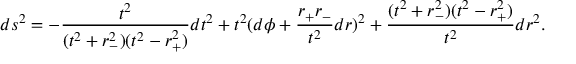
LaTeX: d s ^ { 2 } = - \frac { t ^ { 2 } } { ( t ^ { 2 } + r _ { - } ^ { 2 } ) ( t ^ { 2 } - r _ { + } ^ { 2 } ) } d t ^ { 2 } + t ^ { 2 } ( d \phi + \frac { r _ { + } r _ { - } } { t ^ { 2 } } d r ) ^ { 2 } + \frac { ( t ^ { 2 } + r _ { - } ^ { 2 } ) ( t ^ { 2 } - r _ { + } ^ { 2 } ) } { t ^ { 2 } } d r ^ { 2 } .